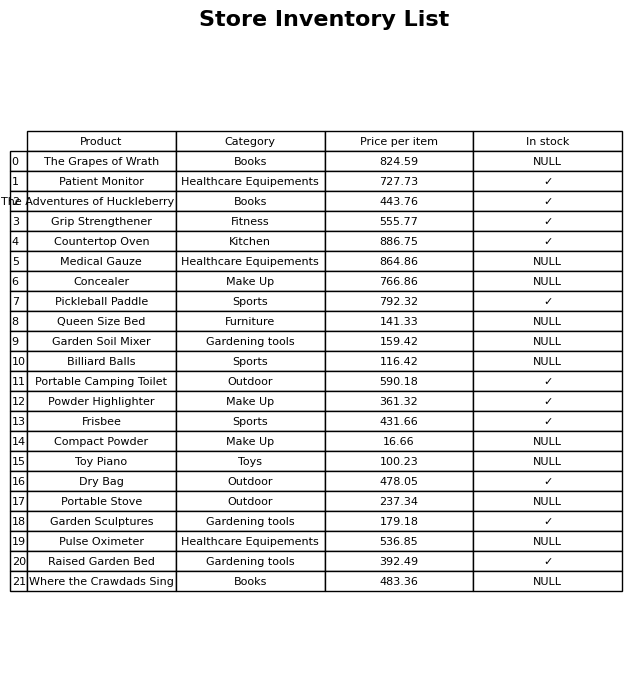
question: What is the price of the Concealer?
answer: The price of Concealer is 766.86.